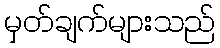
မှတ်ချက်များသည်